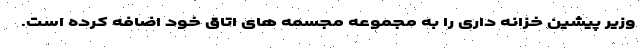
وزیر پیشین خزانه داری را به مجموعه مجسمه های اتاق خود اضافه کرده است.